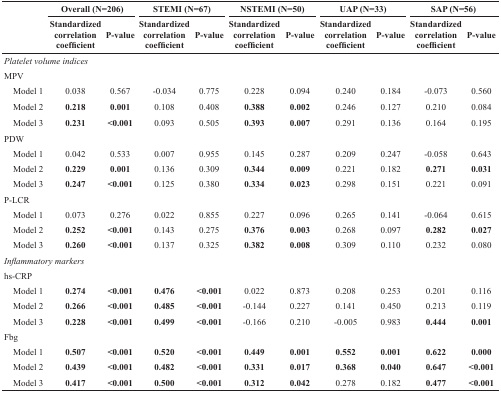
<table><thead><tr><td rowspan="2"></td><td colspan="2"><b>Overall (N=206)</b></td><td colspan="2"><b>STEMI (N=67)</b></td><td colspan="2"><b>NSTEMI (N=50)</b></td><td colspan="2"><b>UAP (N=33)</b></td><td colspan="2"><b>SAP (N=56)</b></td></tr><tr><td><b>Standardized correlation coefficient</b></td><td><b>P-value</b></td><td><b>Standardized correlation coefficient</b></td><td><b>P-value</b></td><td><b>Standardized correlation coefficient</b></td><td><b>P-value</b></td><td><b>Standardized correlation coefficient</b></td><td><b>P-value</b></td><td><b>Standardized correlation coefficient</b></td><td><b>P-value</b></td></tr></thead><tbody><tr><td><i>Platelet volume indices</i></td><td></td><td></td><td></td><td></td><td></td><td></td><td></td><td></td><td></td><td></td></tr><tr><td>MPV</td><td></td><td></td><td></td><td></td><td></td><td></td><td></td><td></td><td></td><td></td></tr><tr><td> Model 1</td><td>0.038</td><td>0.567</td><td>−0.034</td><td>0.775</td><td>0.228</td><td>0.094</td><td>0.240</td><td>0.184</td><td>−0.073</td><td>0.560</td></tr><tr><td> Model 2</td><td><b>0.218</b></td><td><b>0.001</b></td><td>0.108</td><td>0.408</td><td><b>0.388</b></td><td><b>0.002</b></td><td>0.246</td><td>0.127</td><td>0.210</td><td>0.084</td></tr><tr><td> Model 3</td><td><b>0.231</b></td><td><b>&lt;0.001</b></td><td>0.093</td><td>0.505</td><td><b>0.393</b></td><td><b>0.007</b></td><td>0.291</td><td>0.136</td><td>0.164</td><td>0.195</td></tr><tr><td>PDW</td><td></td><td></td><td></td><td></td><td></td><td></td><td></td><td></td><td></td><td></td></tr><tr><td> Model 1</td><td>0.042</td><td>0.533</td><td>0.007</td><td>0.955</td><td>0.145</td><td>0.287</td><td>0.209</td><td>0.247</td><td>−0.058</td><td>0.643</td></tr><tr><td> Model 2</td><td><b>0.229</b></td><td><b>0.001</b></td><td>0.136</td><td>0.309</td><td><b>0.344</b></td><td><b>0.009</b></td><td>0.221</td><td>0.182</td><td><b>0.271</b></td><td><b>0.031</b></td></tr><tr><td> Model 3</td><td><b>0.247</b></td><td><b>&lt;0.001</b></td><td>0.125</td><td>0.380</td><td><b>0.334</b></td><td><b>0.023</b></td><td>0.298</td><td>0.151</td><td>0.221</td><td>0.091</td></tr><tr><td>P-LCR</td><td></td><td></td><td></td><td></td><td></td><td></td><td></td><td></td><td></td><td></td></tr><tr><td> Model 1</td><td>0.073</td><td>0.276</td><td>0.022</td><td>0.855</td><td>0.227</td><td>0.096</td><td>0.265</td><td>0.141</td><td>−0.064</td><td>0.615</td></tr><tr><td> Model 2</td><td><b>0.252</b></td><td><b>&lt;0.001</b></td><td>0.143</td><td>0.275</td><td><b>0.376</b></td><td><b>0.003</b></td><td>0.268</td><td>0.097</td><td><b>0.282</b></td><td><b>0.027</b></td></tr><tr><td> Model 3</td><td><b>0.260</b></td><td><b>&lt;0.001</b></td><td>0.137</td><td>0.325</td><td><b>0.382</b></td><td><b>0.008</b></td><td>0.309</td><td>0.110</td><td>0.232</td><td>0.080</td></tr><tr><td><i>Inflammatory markers</i></td><td></td><td></td><td></td><td></td><td></td><td></td><td></td><td></td><td></td><td></td></tr><tr><td>hs-CRP</td><td></td><td></td><td></td><td></td><td></td><td></td><td></td><td></td><td></td><td></td></tr><tr><td> Model 1</td><td><b>0.274</b></td><td><b>&lt;0.001</b></td><td><b>0.476</b></td><td><b>&lt;0.001</b></td><td>0.022</td><td>0.873</td><td>0.208</td><td>0.253</td><td>0.201</td><td>0.116</td></tr><tr><td> Model 2</td><td><b>0.266</b></td><td><b>&lt;0.001</b></td><td><b>0.485</b></td><td><b>&lt;0.001</b></td><td>−0.144</td><td>0.227</td><td>0.141</td><td>0.450</td><td>0.213</td><td>0.119</td></tr><tr><td> Model 3</td><td><b>0.228</b></td><td><b>&lt;0.001</b></td><td><b>0.499</b></td><td><b>&lt;0.001</b></td><td>−0.166</td><td>0.210</td><td>−0.005</td><td>0.983</td><td><b>0.444</b></td><td><b>0.001</b></td></tr><tr><td>Fbg</td><td></td><td></td><td></td><td></td><td></td><td></td><td></td><td></td><td></td><td></td></tr><tr><td> Model 1</td><td><b>0.507</b></td><td><b>&lt;0.001</b></td><td><b>0.520</b></td><td><b>&lt;0.001</b></td><td><b>0.449</b></td><td><b>0.001</b></td><td><b>0.552</b></td><td><b>0.001</b></td><td><b>0.622</b></td><td><b>0.000</b></td></tr><tr><td> Model 2</td><td><b>0.439</b></td><td><b>&lt;0.001</b></td><td><b>0.482</b></td><td><b>&lt;0.001</b></td><td><b>0.331</b></td><td><b>0.017</b></td><td><b>0.368</b></td><td><b>0.040</b></td><td><b>0.647</b></td><td><b>&lt;0.001</b></td></tr><tr><td> Model 3</td><td><b>0.417</b></td><td><b>&lt;0.001</b></td><td><b>0.500</b></td><td><b>&lt;0.001</b></td><td><b>0.312</b></td><td><b>0.042</b></td><td>0.278</td><td>0.182</td><td><b>0.477</b></td><td><b>&lt;0.001</b></td></tr></tbody></table>